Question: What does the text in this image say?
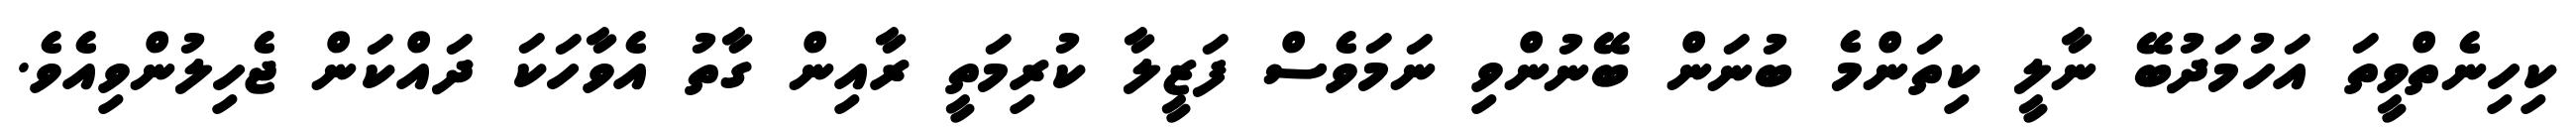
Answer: ކިހިނެތްވީތަ އަހުމަދުބޭ ނާލީ ކިތަންމެ ބުނަން ބޭނުންވި ނަމަވެސް ފަޒީލާ ކުރިމަތީ ރާއިން ގާތު އެވާހަކަ ދައްކަން ޖެހިލުންވިއެވެ.